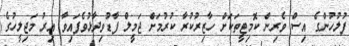
ފުލުހުންގެ އިސް ވެރިން ކޮމިޓީތަކަށް ހާޒިރުކުރާ ކުރުމަށް ޖަމީލް ފާޑުވިދާޅުވެފައިވާ އިރު މަޖިލީހުގެ